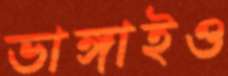
ভাঙ্গাইও